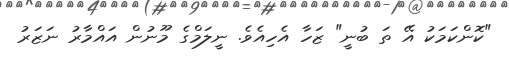
"ކޮންކަމަކު އޭ ތަ ބުނީ" ޒަހާ އެހިއެވެ. ނީލަމްގެ މޫނުން އައްމާރު ނަޒަރު